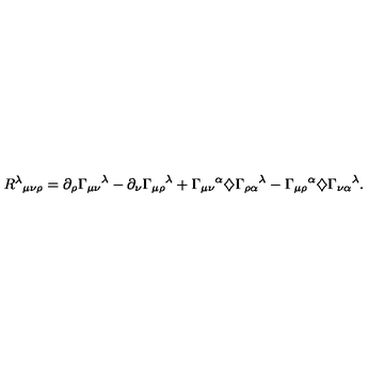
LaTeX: { R ^ { \lambda } } _ { \mu \nu \rho } = \partial _ { \rho } { \Gamma _ { \mu \nu } } ^ { \lambda } - \partial _ { \nu } { \Gamma _ { \mu \rho } } ^ { \lambda } + { \Gamma _ { \mu \nu } } ^ { \alpha } \diamondsuit { \Gamma _ { \rho \alpha } } ^ { \lambda } - { \Gamma _ { \mu \rho } } ^ { \alpha } \diamondsuit { \Gamma _ { \nu \alpha } } ^ { \lambda } .